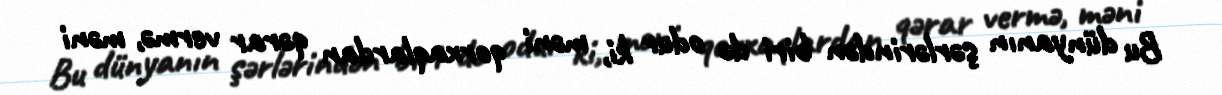
Bu dünyanın şərlərindən biri də odur ki, məni qorxaqlardan qərar vermə, məni